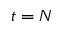
t = N